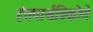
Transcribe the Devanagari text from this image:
हंसपार्श्वत्रिकोणे